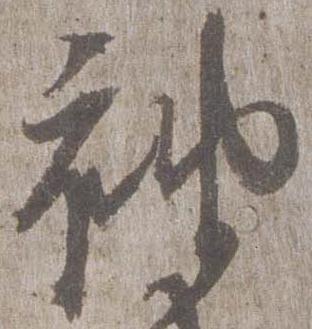
袖